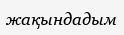
жақындадым